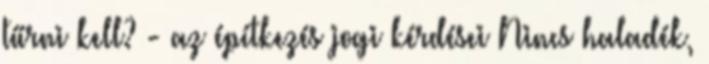
tűrni kell? - az építkezés jogi kérdései Nincs haladék,